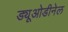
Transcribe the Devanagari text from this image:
ड्यूओडीनेल